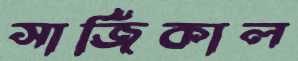
সার্জিকাল